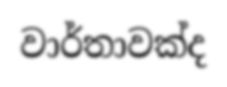
වාර්තාවක්ද